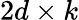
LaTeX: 2d\times k